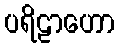
ပရိဠာဟော